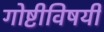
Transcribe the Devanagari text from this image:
गोष्टीविषयीं